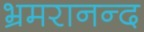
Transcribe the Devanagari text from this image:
भ्रमरानन्‍द